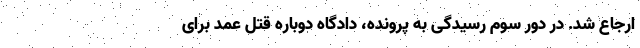
ارجاع شد. در دور سوم رسیدگی به پرونده، دادگاه دوباره قتل عمد برای